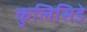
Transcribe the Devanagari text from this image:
कुलिसिडे